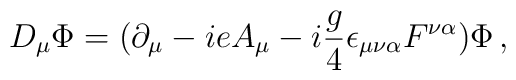
D_\mu \Phi = \big( \partial_\mu - i e A_\mu - i {g \over 4}    \epsilon_{\mu \nu \alpha} F^{\nu \alpha} \big) \Phi \, ,